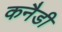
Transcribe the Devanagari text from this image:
कनैडी